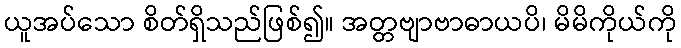
ယူအပ်သော စိတ်ရှိသည်ဖြစ်၍။ အတ္တဗျာဗာဓာယပိ၊ မိမိကိုယ်ကို